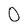
Character: O